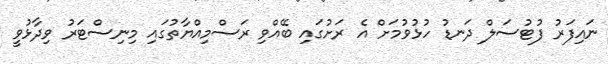
ނައިފަރު ފުޓުސަލް ދަނޑު ހުޅުވުމަށް އެ ރަށުގައި ބޭއްވި ރަސްމިއްޔާތުގައި މިނިސްޓަރު ވިދާޅުވީ